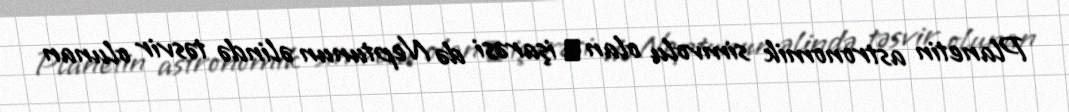
Planetin astronomik simvolu olan ♆ işarəsi də Neptunun əlində təsvir olunan